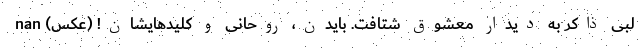
لبی ذاکر به دیدار معشوق شتافت. بایدن، روحانی و کلیدهایشان! (عکس) nan